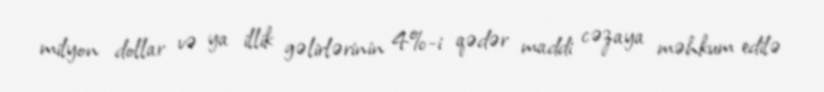
milyon dollar və ya illik gəlirlərinin 4%-i qədər maddi cəzaya məhkum edilə